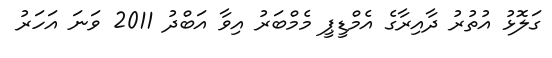
ގަލޮޅު އުތުރު ދާއިރާގެ އެމްޑީޕީ މެމްބަރު އިވާ އަބްދު 2011 ވަނަ އަހަރު